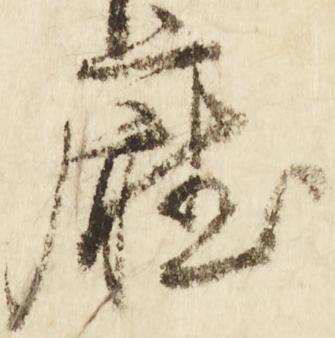
庁